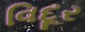
વિદૂર